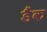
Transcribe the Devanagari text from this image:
डैंक